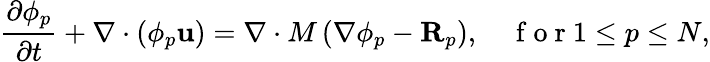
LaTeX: \frac{\partial\phi_{p}}{\partial t}+\nabla\cdot\left(\phi_{p}\mathbf{u}\right)=\nabla\cdot M\left(\nabla\phi_{p}-\mathbf{R}_{p}\right),\quad\mathrm{~f~o~r~}1\leq p\leq N,